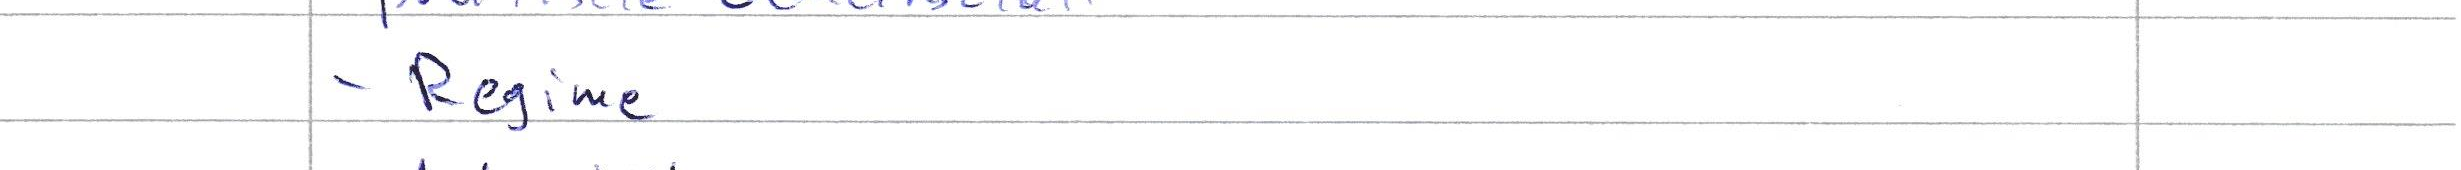
- Regime